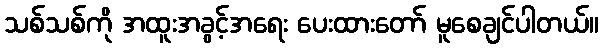
သစ်သစ်ကို အထူးအခွင့်အရေး ပေးထားတော် မူစေချင်ပါတယ်။